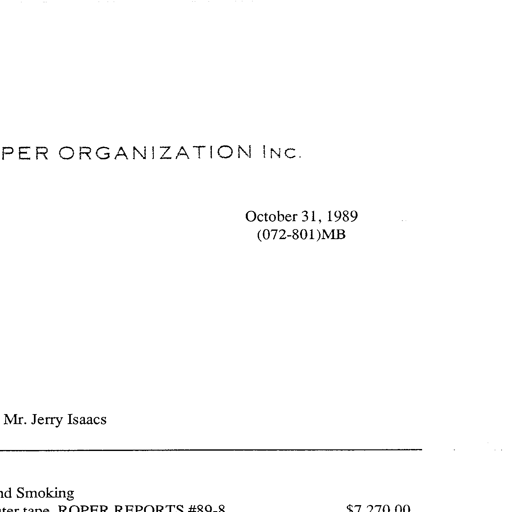
PER ORGANIZATION INC.
October 31, 1989
(072-801)MB
Mr. Jerry Isaacs
Smoking
ter tape ROPER REPORTS #89-8
$7,270.00